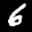
Label: 6